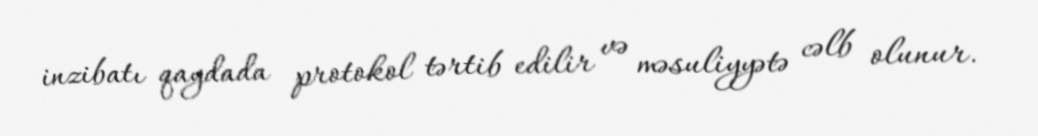
inzibatı qaydada protokol tərtib edilir və məsuliyyətə cəlb olunur.